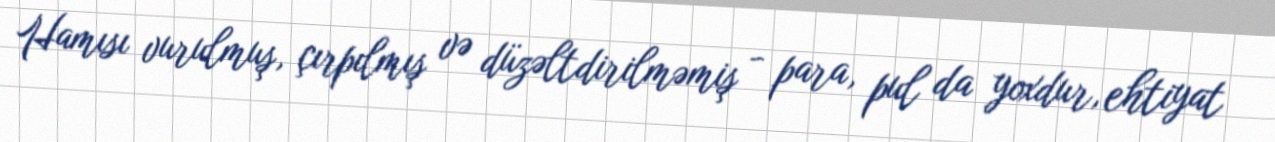
Hamısı vurulmuş, çırpılmış və düzəltdirilməmiş - para, pul da yoxdur, ehtiyat